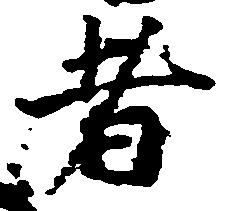
者